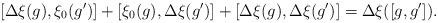
LaTeX: \begin{align*}[\Delta\xi(g),\xi_0(g')]+[\xi_0(g),\Delta \xi(g')]+[\Delta \xi(g),\Delta\xi(g')]=\Delta\xi([g,g']).\end{align*}